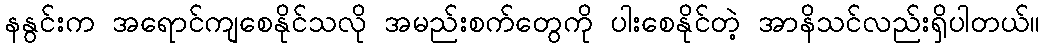
နနွင်းက အရောင်ကျစေနိုင်သလို အမည်းစက်တွေကို ပါးစေနိုင်တဲ့ အာနိသင်လည်းရှိပါတယ်။